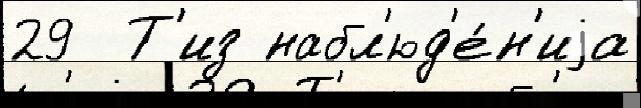
29  Т'из набл'юд'е́н'иjа